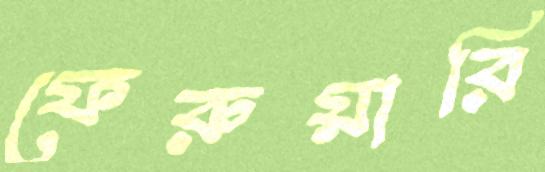
ফেরুয়ারি